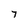
Character: 7